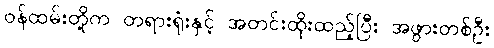
ဝန်ထမ်းတို့က တရားရုံးနှင့် အတင်းထိုးထည့်ပြီး အဖွားတစ်ဦး